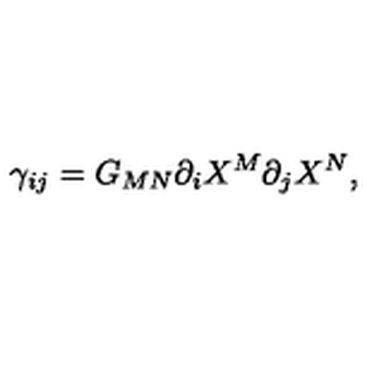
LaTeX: \gamma _ { i j } = G _ { M N } \partial _ { i } X ^ { M } \partial _ { j } X ^ { N } ,